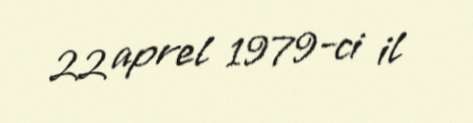
22 aprel 1979-ci il